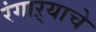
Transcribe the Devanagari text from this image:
रंगाऱ्याचे